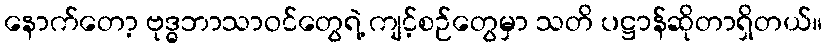
နောက်တော့ ဗုဒ္ဓဘာသာဝင်တွေရဲ့ ကျင့်စဉ်တွေမှာ သတိ ပဋ္ဌာန်ဆိုတာရှိတယ်။